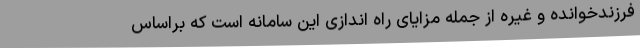
فرزندخوانده و غیره از جمله مزایای راه اندازی این سامانه است که براساس